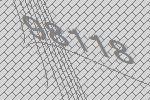
98118